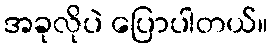
အခုလိုပဲ ပြောပါတယ်။